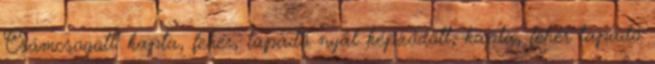
Csámcsogott. kapta, fehér, tapadó nyál képződött, kapta, fehér tapadó